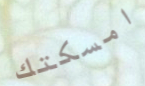
امسكتك